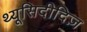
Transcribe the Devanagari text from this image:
थ्यूसिदीदिज़